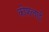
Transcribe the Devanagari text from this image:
कोशलाई